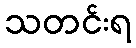
သတင်းရ